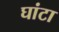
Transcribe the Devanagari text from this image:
घांटा